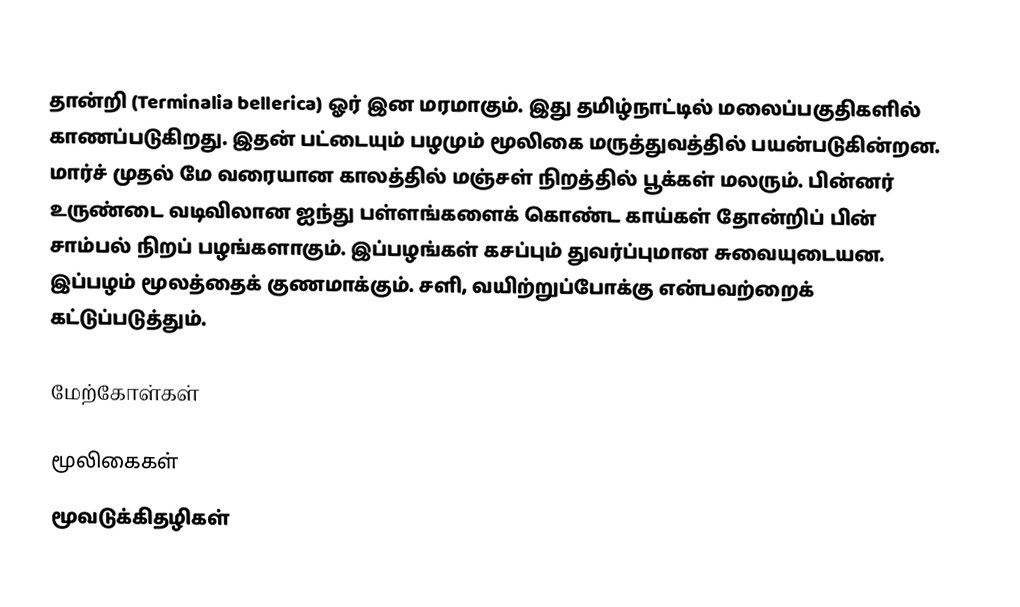
தான்றி (Terminalia bellerica) ஓர் இன மரமாகும். இது தமிழ்நாட்டில் மலைப்பகுதிகளில் காணப்படுகிறது. இதன் பட்டையும் பழமும் மூலிகை மருத்துவத்தில் பயன்படுகின்றன. மார்ச் முதல் மே வரையான காலத்தில் மஞ்சள் நிறத்தில் பூக்கள் மலரும். பின்னர் உருண்டை வடிவிலான ஐந்து பள்ளங்களைக் கொண்ட காய்கள் தோன்றிப் பின் சாம்பல் நிறப் பழங்களாகும். இப்பழங்கள் கசப்பும் துவர்ப்புமான சுவையுடையன. இப்பழம் மூலத்தைக் குணமாக்கும். சளி, வயிற்றுப்போக்கு என்பவற்றைக் கட்டுப்படுத்தும்.

மேற்கோள்கள்

 மூலிகைகள்
மூவடுக்கிதழிகள்